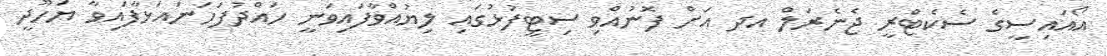
އޯއައިސީގެ ސެކެޓްރީ ޖެނެރަލް އދ އަށް ފޮނުއްވި ސިޓީފުޅުގައި ލިޔުއްވާފައިވަނީ ހައްދުފަހަނައަޅާފައިވާ ޔަހޫދީ